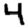
Digit: 4